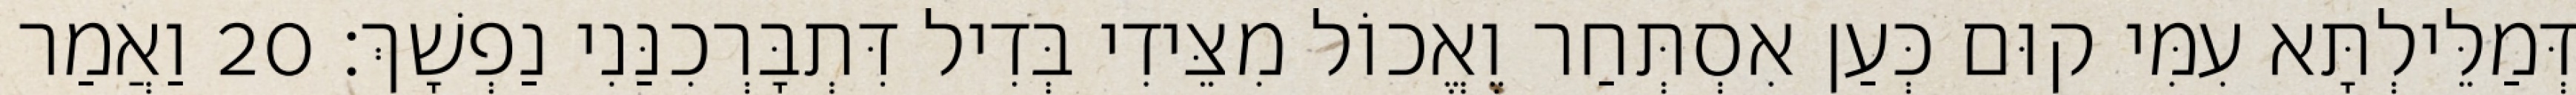
דְּמַלֵּילְתָּא עִמִּי קוּם כְּעַן אִסְתְּחַר וֶאֱכוֹל מִצֵּידִי בְּדִיל דִּתְבָּרְכִנַּנִי נַפְשָׁךְ׃ 20 וַאֲמַר